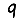
Digit: 9